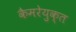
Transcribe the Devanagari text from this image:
कैमरेयुक्त